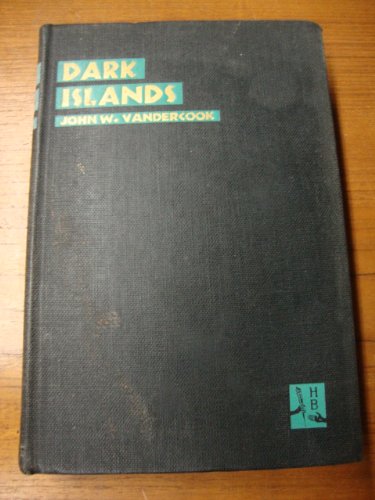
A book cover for Dark Islands (New Hebrides, Solomons, New Guinea, Fiji); John W Vandercook; Travel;